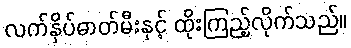
လက်နှိပ်ဓာတ်မီးနှင့် ထိုးကြည့်လိုက်သည်။